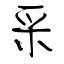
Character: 采